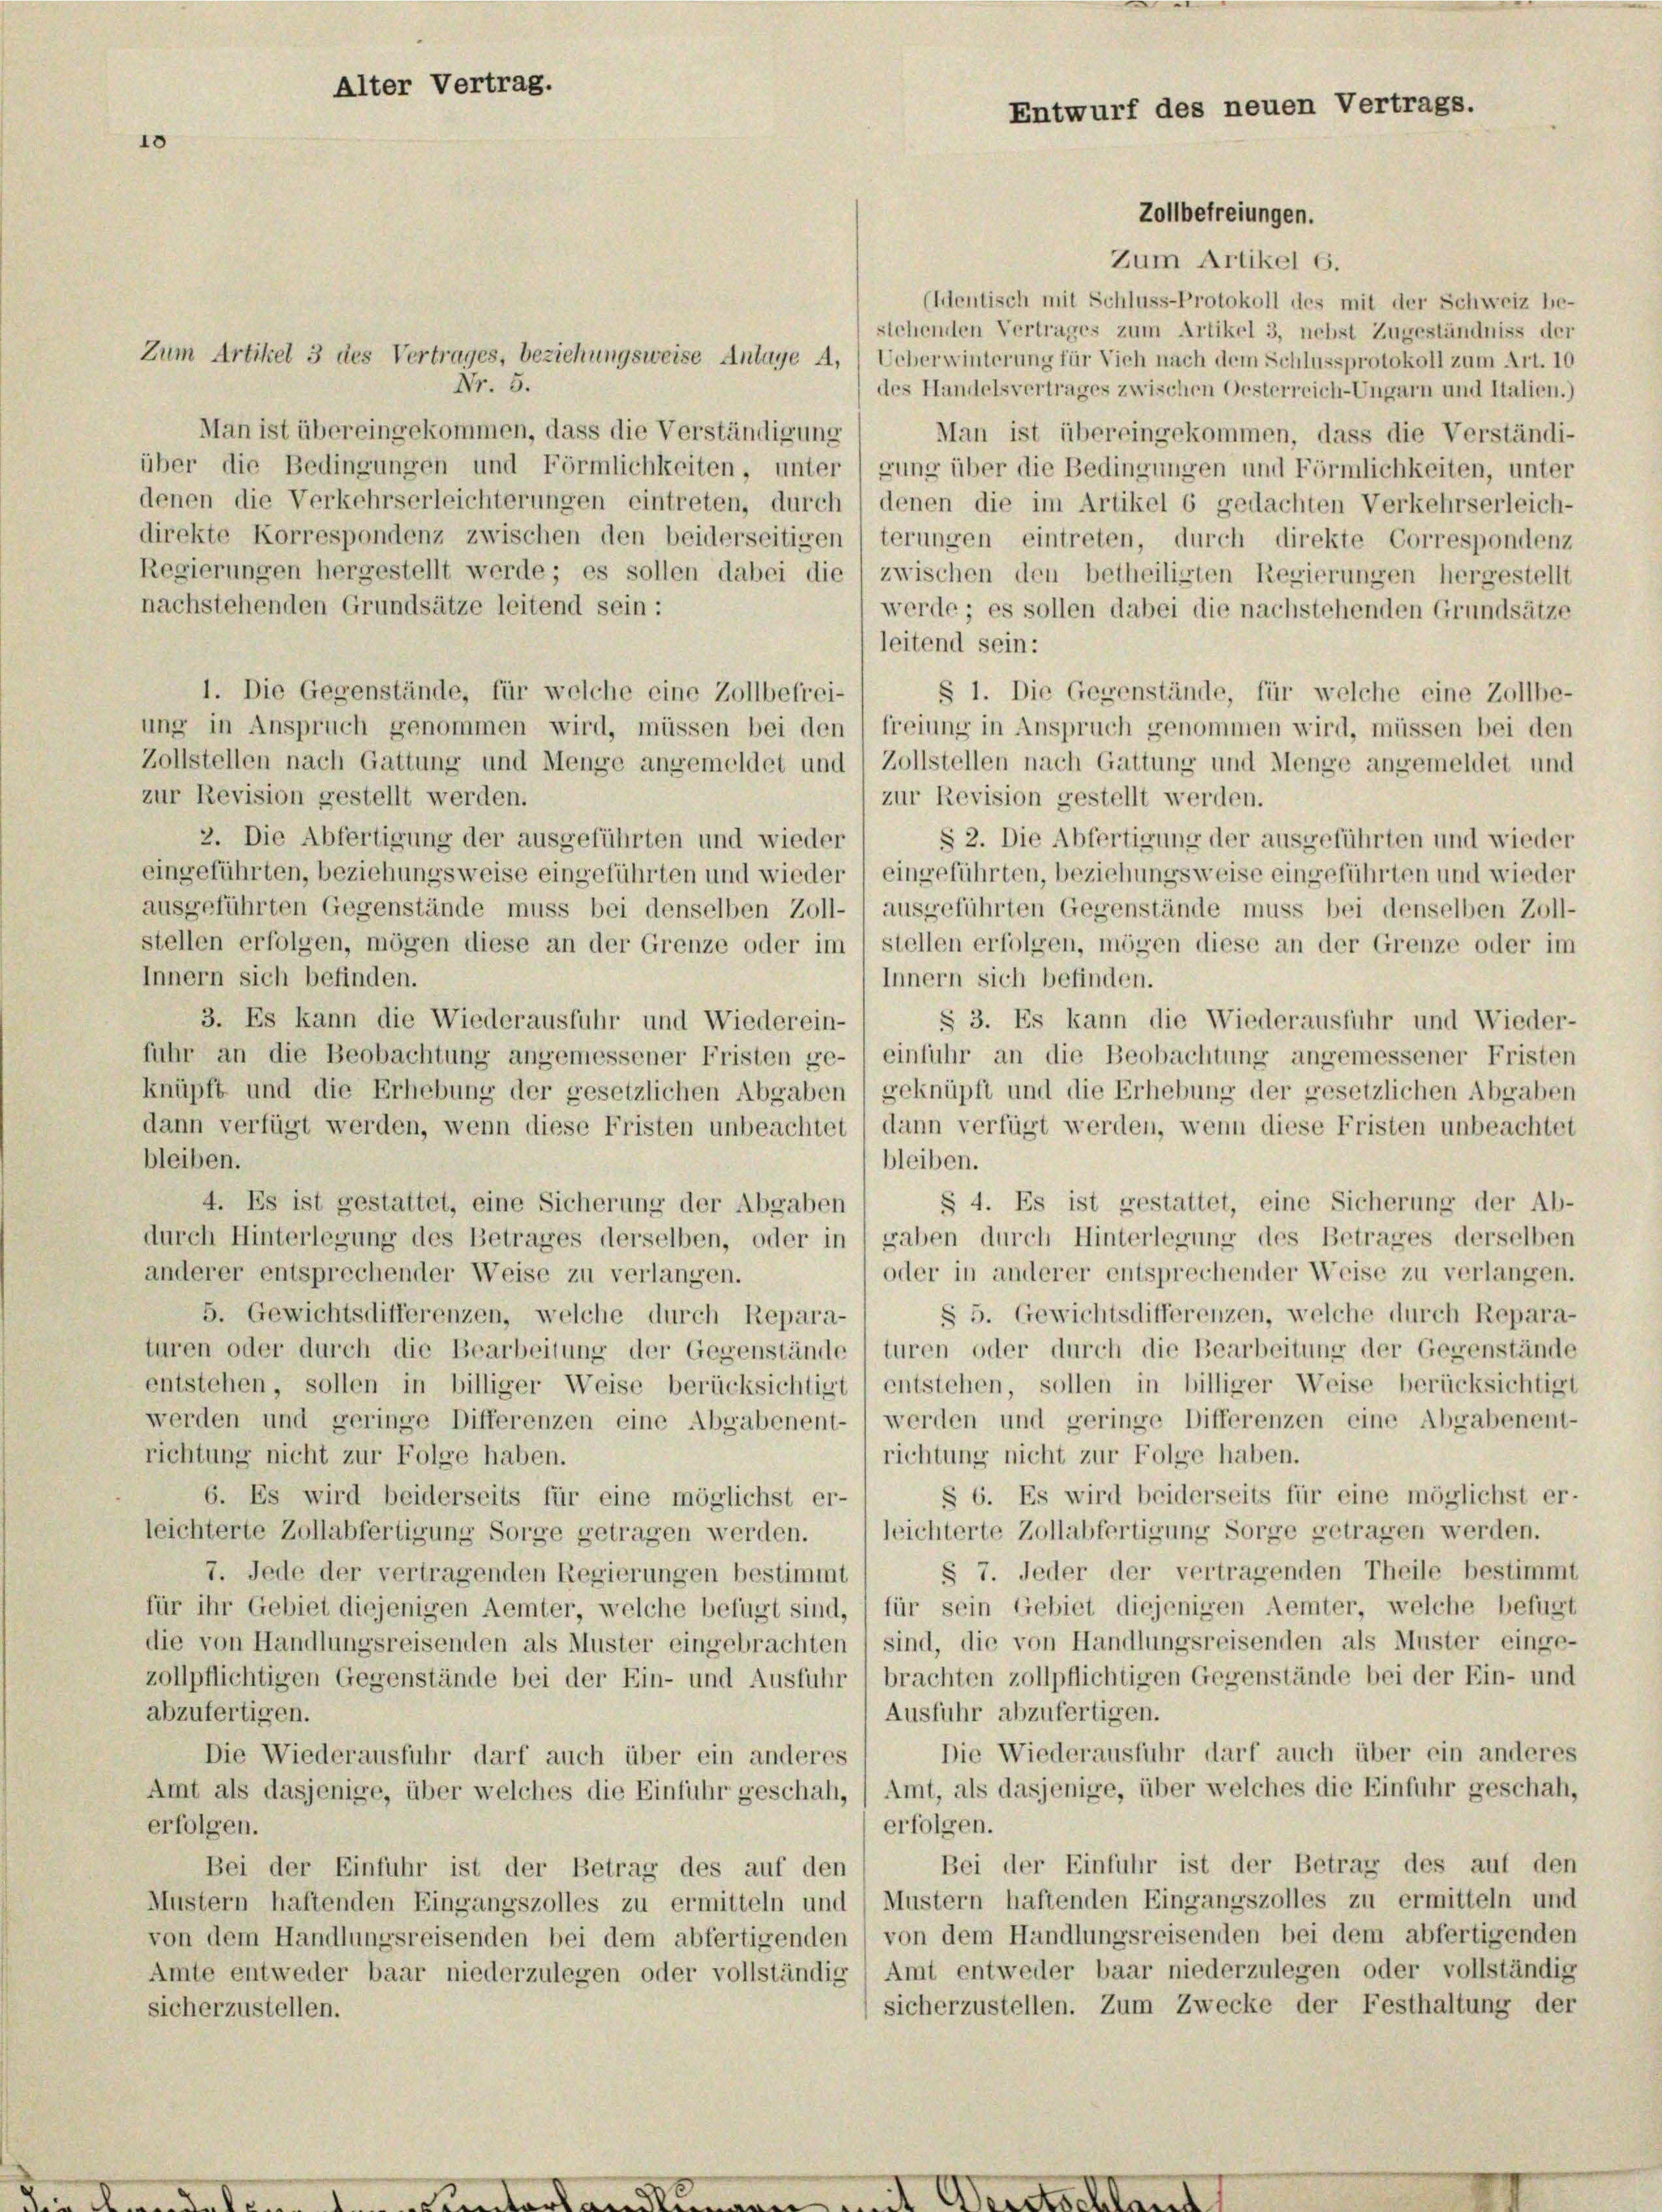
10

Alter Vertrag.

Zollbefreiungen.
Zum Artikel 6.
(Identisch mit Schluss-Protokoll des mit der Schweiz be-
stchenden Vertrages zum Artikel 3, nebst Zugeständniss der
Zum Artikel 3 des Vertrages, beziehungsweise Anlage A, Ueberwinterung für Vieh nach dem Schlussprotokoll zum Art. 10
Nr. 5.
des Handelsvertrages zwischen Oesterreich-Ungarn und Italien.)
Man ist übereingekommen, dass die Verständigung
Man ist übereingekommen, dass die Verständi-
über die Bedingungen und Förmlichkeiten, unter 1 gung über die Bedingungen und Förmlichkeiten, unter
denen die Verkehrserleichterungen eintreten, durch / denen die im Artikel 6 gedachten Verkehrserleich-
direkte Korrespondenz zwischen den beiderseitigen (terungen eintreten, durch direkte Correspondenz
Regierungen hergestellt werde; es sollen dabei die zwischen den betheiligten Regierungen hergestellt
nachstehenden Grundsätze leitend sein:
werde; es sollen dabei die nachstehenden Grundsätze
leitend sein:
1. Die Gegenstände, für welche eine Zollbefrei-
§ 1. Die Gegenstände, für welche eine Zollbe-
ung in Anspruch genommen wird, müssen bei den (freiung in Anspruch genommen wird, müssen bei den
Zollstellen nach Gattung und Menge angemeldet und 1 Zollstellen nach Gattung und Menge angemeldet und
zur Revision gestellt werden.
zur Revision gestellt werden.
2. Die Abfertigung der ausgeführten und wieder
§ 2. Die Abfertigung der ausgeführten und wieder
eingeführten, beziehungsweise eingeführten und wieder / eingeführten, beziehungsweise eingeführten und wieder
ausgeführten Gegenstände muss bei denselben Zoll- ) ausgeführten Gegenstände muss bei denselben Zoll-
stellen erfolgen, mögen diese an der Grenze oder im stellen erfolgen, mögen diese an der Grenze oder im
Innern sich befinden.
Innern sich befinden.
3. Es kann die Wiederausfuhr und Wiederein-
§ 3. Es kann die Wiederausfuhr und Wieder-
fuhr an die Beobachtung angemessener Fristen ge- 1 einfuhr an die Beobachtung angemessener Fristen
knüpft und die Erhebung der gesetzlichen Abgaben) geknüpft und die Erhebung der gesetzlichen Abgaben
dann verfügt werden, wenn diese Fristen unbeachtet dann verfügt werden, wenn diese Fristen unbeachtet
bleiben.
bleiben.
§ 4. Es ist gestattet, eine Sicherung der Ab-
4. Es ist gestattet, eine Sicherung der Abgaben
durch Hinterlegung des Betrages derselben, oder in gaben durch Hinterlegung des Betrages derselben
anderer entsprechender Weise zu verlangen.
oder in anderer entsprechender Weise zu verlangen.
§ 5. Gewichtsdifferenzen, welche durch Repara-
5. Gewichtsdifferenzen, welche durch Repara-
turen oder durch die Bearbeitung der Gegenstände) turen oder durch die Bearbeitung der Gegenstände
entstehen, sollen in billiger Weise berücksichtigt) entstehen, sollen in billiger Weise berücksichtigt
werden und geringe Differenzen eine Abgabenent-) werden und geringe Differenzen eine Abgabenent-
richtung nicht zur Folge haben.
richtung nicht zur Folge haben.
§ 6. Es wird beiderseits für eine möglichst er-
6. Es wird beiderseits für eine möglichst er-
leichterte Zollabfertigung Sorge getragen werden. / leichterte Zollabfertigung Sorge getragen werden.
§ 7. Jeder der vertragenden Theile bestimmt
7. Jede der vertragenden Regierungen bestimmt
für ihr Gebiet diejenigen Aemter, welche befugt sind, für sein Gebiet diejenigen Aemter, welche befugt
die von Handlungsreisenden als Muster eingebrachten / sind, die von Handlungsreisenden als Muster einge-
zollpflichtigen Gegenstände bei der Ein- und Ausfuhr / brachten zollpflichtigen Gegenstände bei der Ein- und
abzufertigen.
Ausfuhr abzufertigen.
Die Wiederausfuhr darf auch über ein anderes
Die Wiederausfuhr darf auch über ein anderes
Amt als dasjenige, über welches die Einfuhr geschah, (Amt, als dasjenige, über welches die Einfuhr geschah,
erfolgen.
erfolgen.
Bei der Einfuhr ist der Betrag des auf den
Bei der Einfuhr ist der Betrag des auf den
Mustern haftenden Eingangszolles zu ermitteln und Mustern haftenden Eingangszolles zu ermitteln und
von dem Handlungsreisenden bei dem abfertigenden) von dem Handlungsreisenden bei dem abfertigenden
Amte entweder baar niederzulegen oder vollständig) Amt entweder baar niederzulegen oder vollständig
sicherzustellen. Zum Zwecke der Festhaltung der
sicherzustellen.

Entwurf des neuen Vertrags.